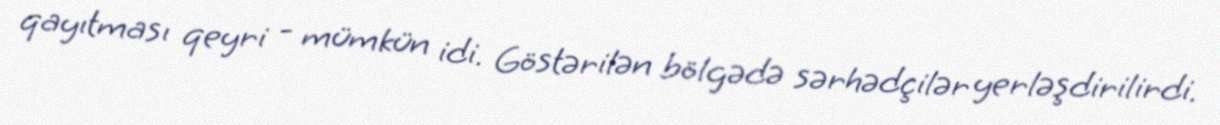
qayıtması qeyri - mümkün idi. Göstərilən bölgədə sərhədçilər yerləşdirilirdi.